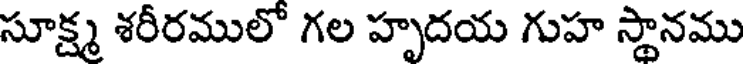
సూక్ష్మ శరీరములో గల హృదయ గుహ స్థానము